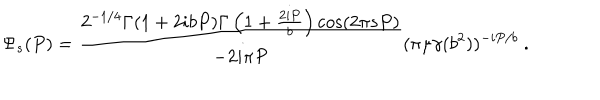
\Psi _ { s } ( P ) = \frac { 2 ^ { - 1 / 4 } \Gamma ( 1 + 2 i b P ) \Gamma \left( 1 + \frac { 2 i P } { b } \right) \cos ( 2 \pi s P ) } { - 2 i \pi P } ( \pi \mu \gamma ( b ^ { 2 } ) ) ^ { - i P / b } ~ .